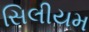
સિલીયમ